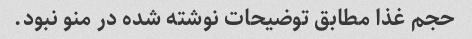
حجم غذا مطابق توضیحات نوشته شده در منو نبود.